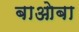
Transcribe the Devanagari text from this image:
बाओबा